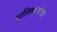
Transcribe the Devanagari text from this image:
धुलिकणांचा